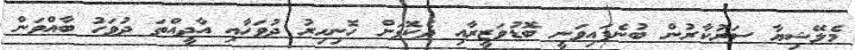
މެލޭޝިޔާ ސަރުކާރުން ބުނެފައިވަނީ ބޮޑުވަޒީރާއި ދެކޮޅަށް ހޮނިހިރު ދުވަހާއި އާދީއްތަ ދުވަހު ބާއްވަން